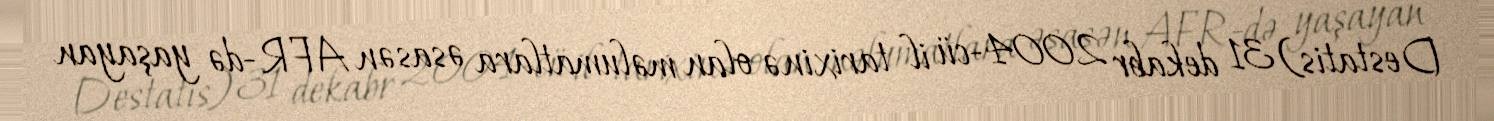
Destatis) 31 dekabr 2004-cü il tarixinə olan məlumatlara əsasən AFR-də yaşayan